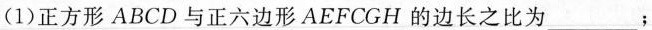
(1)正方形ABCD与正六边形AEFCGH的边长之比为___；